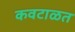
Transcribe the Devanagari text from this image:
कवटाळत